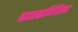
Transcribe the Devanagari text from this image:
कातळभिंतिला